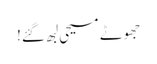
جھوٹے مسیحی لبھ گئے!